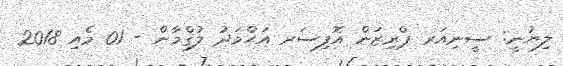
ލިޔުނީ: ސީނިއަރ ޕްރިޒަން އޮފިސަރ އަޙްމަދު ލުޤްމާން - 01 މެއި 2018